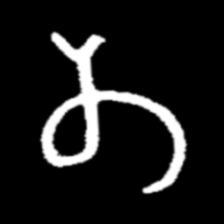
Pyu character \u2014 Myanmar letter: တ (romanized: ta)